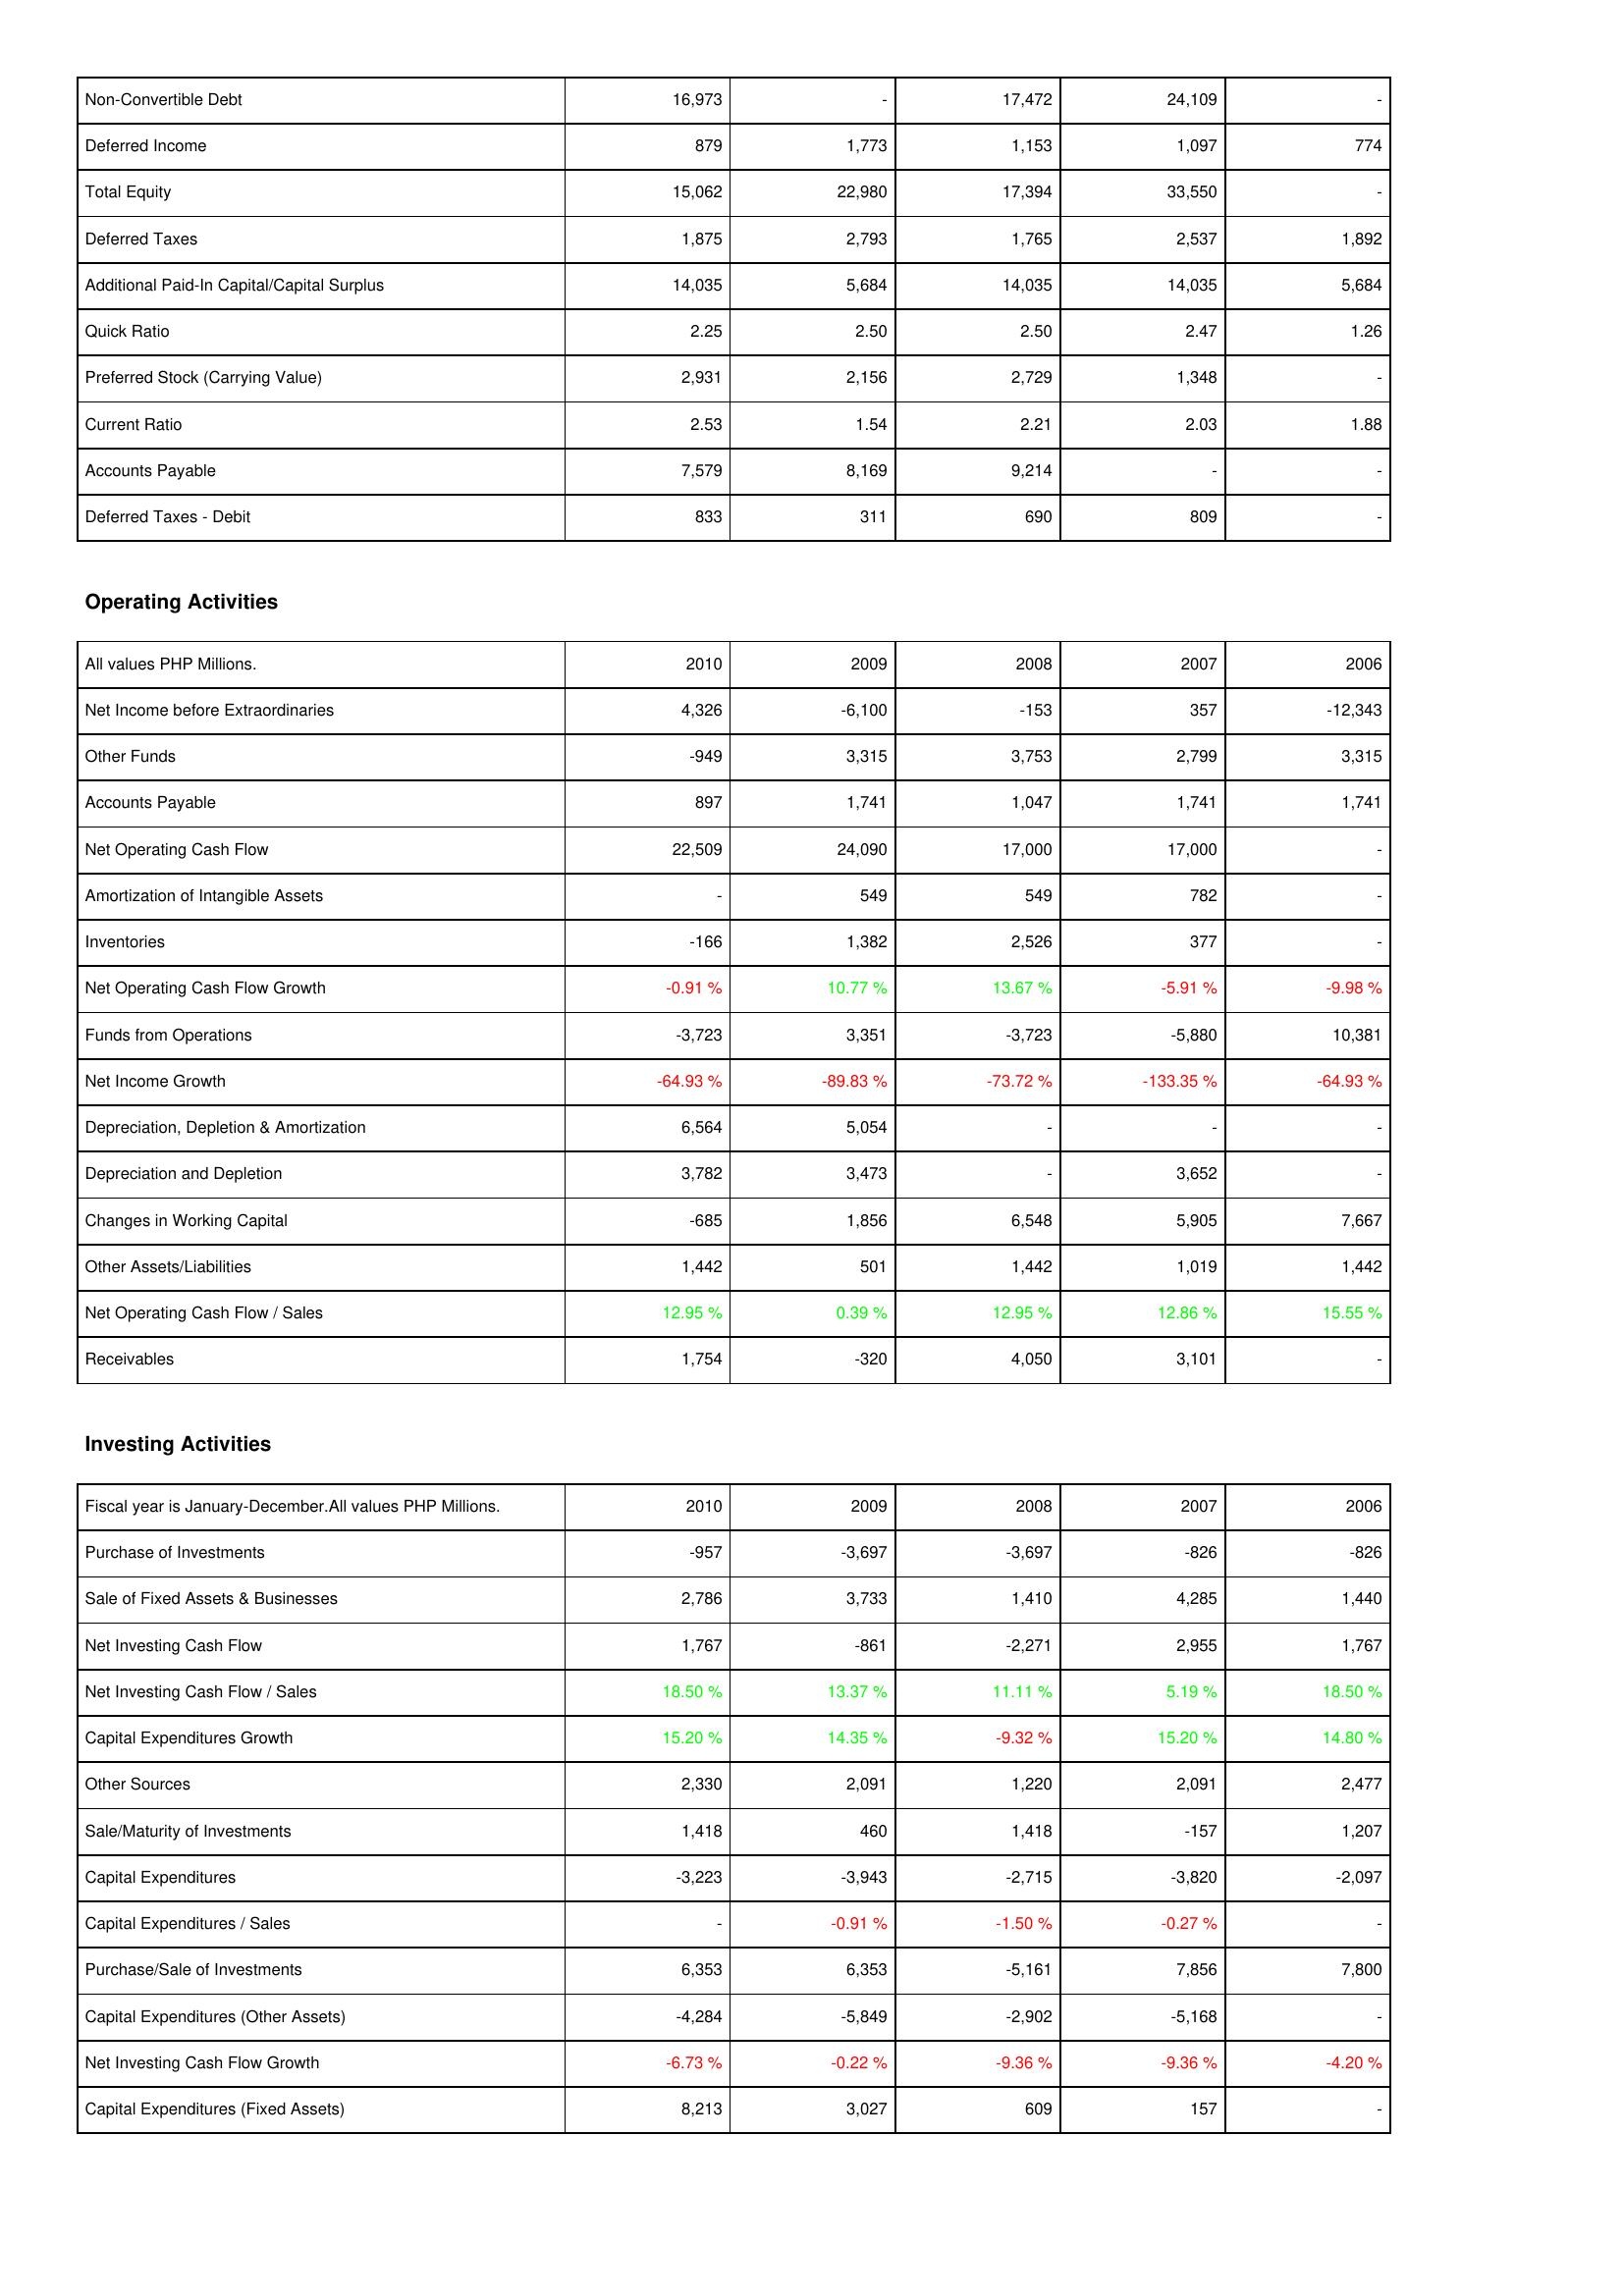
2010: Liabilities & Shareholders' Equity: Non-Convertible Debt: 16,973
Deferred Income: 879
Total Equity: 15,062
Deferred Taxes: 1,875
Additional Paid-In Capital/Capital Surplus: 14,035
Quick Ratio: 2.25
Preferred Stock (Carrying Value): 2,931
Current Ratio: 2.53
Accounts Payable: 7,579
Deferred Taxes - Debit: 833
Operating Activities: Net Income before Extraordinaries: 4,326
Other Funds: -949
Accounts Payable: 897
Net Operating Cash Flow: 22,509
Amortization of Intangible Assets: -
Inventories: -166
Net Operating Cash Flow Growth: -0.91 %
Funds from Operations: -3,723
Net Income Growth: -64.93 %
Depreciation, Depletion & Amortization: 6,564
Depreciation and Depletion: 3,782
Changes in Working Capital: -685
Other Assets/Liabilities: 1,442
Net Operating Cash Flow / Sales: 12.95 %
Receivables: 1,754
Investing Activities: Purchase of Investments: -957
Sale of Fixed Assets & Businesses: 2,786
Net Investing Cash Flow: 1,767
Net Investing Cash Flow / Sales: 18.50 %
Capital Expenditures Growth: 15.20 %
Other Sources: 2,330
Sale/Maturity of Investments: 1,418
Capital Expenditures: -3,223
Capital Expenditures / Sales: -
Purchase/Sale of Investments: 6,353
Capital Expenditures (Other Assets): -4,284
Net Investing Cash Flow Growth: -6.73 %
Capital Expenditures (Fixed Assets): 8,213
2009: Liabilities & Shareholders' Equity: Non-Convertible Debt: -
Deferred Income: 1,773
Total Equity: 22,980
Deferred Taxes: 2,793
Additional Paid-In Capital/Capital Surplus: 5,684
Quick Ratio: 2.50
Preferred Stock (Carrying Value): 2,156
Current Ratio: 1.54
Accounts Payable: 8,169
Deferred Taxes - Debit: 311
Operating Activities: Net Income before Extraordinaries: -6,100
Other Funds: 3,315
Accounts Payable: 1,741
Net Operating Cash Flow: 24,090
Amortization of Intangible Assets: 549
Inventories: 1,382
Net Operating Cash Flow Growth: 10.77 %
Funds from Operations: 3,351
Net Income Growth: -89.83 %
Depreciation, Depletion & Amortization: 5,054
Depreciation and Depletion: 3,473
Changes in Working Capital: 1,856
Other Assets/Liabilities: 501
Net Operating Cash Flow / Sales: 0.39 %
Receivables: -320
Investing Activities: Purchase of Investments: -3,697
Sale of Fixed Assets & Businesses: 3,733
Net Investing Cash Flow: -861
Net Investing Cash Flow / Sales: 13.37 %
Capital Expenditures Growth: 14.35 %
Other Sources: 2,091
Sale/Maturity of Investments: 460
Capital Expenditures: -3,943
Capital Expenditures / Sales: -0.91 %
Purchase/Sale of Investments: 6,353
Capital Expenditures (Other Assets): -5,849
Net Investing Cash Flow Growth: -0.22 %
Capital Expenditures (Fixed Assets): 3,027
2008: Liabilities & Shareholders' Equity: Non-Convertible Debt: 17,472
Deferred Income: 1,153
Total Equity: 17,394
Deferred Taxes: 1,765
Additional Paid-In Capital/Capital Surplus: 14,035
Quick Ratio: 2.50
Preferred Stock (Carrying Value): 2,729
Current Ratio: 2.21
Accounts Payable: 9,214
Deferred Taxes - Debit: 690
Operating Activities: Net Income before Extraordinaries: -153
Other Funds: 3,753
Accounts Payable: 1,047
Net Operating Cash Flow: 17,000
Amortization of Intangible Assets: 549
Inventories: 2,526
Net Operating Cash Flow Growth: 13.67 %
Funds from Operations: -3,723
Net Income Growth: -73.72 %
Depreciation, Depletion & Amortization: -
Depreciation and Depletion: -
Changes in Working Capital: 6,548
Other Assets/Liabilities: 1,442
Net Operating Cash Flow / Sales: 12.95 %
Receivables: 4,050
Investing Activities: Purchase of Investments: -3,697
Sale of Fixed Assets & Businesses: 1,410
Net Investing Cash Flow: -2,271
Net Investing Cash Flow / Sales: 11.11 %
Capital Expenditures Growth: -9.32 %
Other Sources: 1,220
Sale/Maturity of Investments: 1,418
Capital Expenditures: -2,715
Capital Expenditures / Sales: -1.50 %
Purchase/Sale of Investments: -5,161
Capital Expenditures (Other Assets): -2,902
Net Investing Cash Flow Growth: -9.36 %
Capital Expenditures (Fixed Assets): 609
2007: Liabilities & Shareholders' Equity: Non-Convertible Debt: 24,109
Deferred Income: 1,097
Total Equity: 33,550
Deferred Taxes: 2,537
Additional Paid-In Capital/Capital Surplus: 14,035
Quick Ratio: 2.47
Preferred Stock (Carrying Value): 1,348
Current Ratio: 2.03
Accounts Payable: -
Deferred Taxes - Debit: 809
Operating Activities: Net Income before Extraordinaries: 357
Other Funds: 2,799
Accounts Payable: 1,741
Net Operating Cash Flow: 17,000
Amortization of Intangible Assets: 782
Inventories: 377
Net Operating Cash Flow Growth: -5.91 %
Funds from Operations: -5,880
Net Income Growth: -133.35 %
Depreciation, Depletion & Amortization: -
Depreciation and Depletion: 3,652
Changes in Working Capital: 5,905
Other Assets/Liabilities: 1,019
Net Operating Cash Flow / Sales: 12.86 %
Receivables: 3,101
Investing Activities: Purchase of Investments: -826
Sale of Fixed Assets & Businesses: 4,285
Net Investing Cash Flow: 2,955
Net Investing Cash Flow / Sales: 5.19 %
Capital Expenditures Growth: 15.20 %
Other Sources: 2,091
Sale/Maturity of Investments: -157
Capital Expenditures: -3,820
Capital Expenditures / Sales: -0.27 %
Purchase/Sale of Investments: 7,856
Capital Expenditures (Other Assets): -5,168
Net Investing Cash Flow Growth: -9.36 %
Capital Expenditures (Fixed Assets): 157
2006: Liabilities & Shareholders' Equity: Non-Convertible Debt: -
Deferred Income: 774
Total Equity: -
Deferred Taxes: 1,892
Additional Paid-In Capital/Capital Surplus: 5,684
Quick Ratio: 1.26
Preferred Stock (Carrying Value): -
Current Ratio: 1.88
Accounts Payable: -
Deferred Taxes - Debit: -
Operating Activities: Net Income before Extraordinaries: -12,343
Other Funds: 3,315
Accounts Payable: 1,741
Net Operating Cash Flow: -
Amortization of Intangible Assets: -
Inventories: -
Net Operating Cash Flow Growth: -9.98 %
Funds from Operations: 10,381
Net Income Growth: -64.93 %
Depreciation, Depletion & Amortization: -
Depreciation and Depletion: -
Changes in Working Capital: 7,667
Other Assets/Liabilities: 1,442
Net Operating Cash Flow / Sales: 15.55 %
Receivables: -
Investing Activities: Purchase of Investments: -826
Sale of Fixed Assets & Businesses: 1,440
Net Investing Cash Flow: 1,767
Net Investing Cash Flow / Sales: 18.50 %
Capital Expenditures Growth: 14.80 %
Other Sources: 2,477
Sale/Maturity of Investments: 1,207
Capital Expenditures: -2,097
Capital Expenditures / Sales: -
Purchase/Sale of Investments: 7,800
Capital Expenditures (Other Assets): -
Net Investing Cash Flow Growth: -4.20 %
Capital Expenditures (Fixed Assets): -